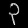
Digit: ၃